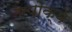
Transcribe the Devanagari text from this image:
एपोक्वे